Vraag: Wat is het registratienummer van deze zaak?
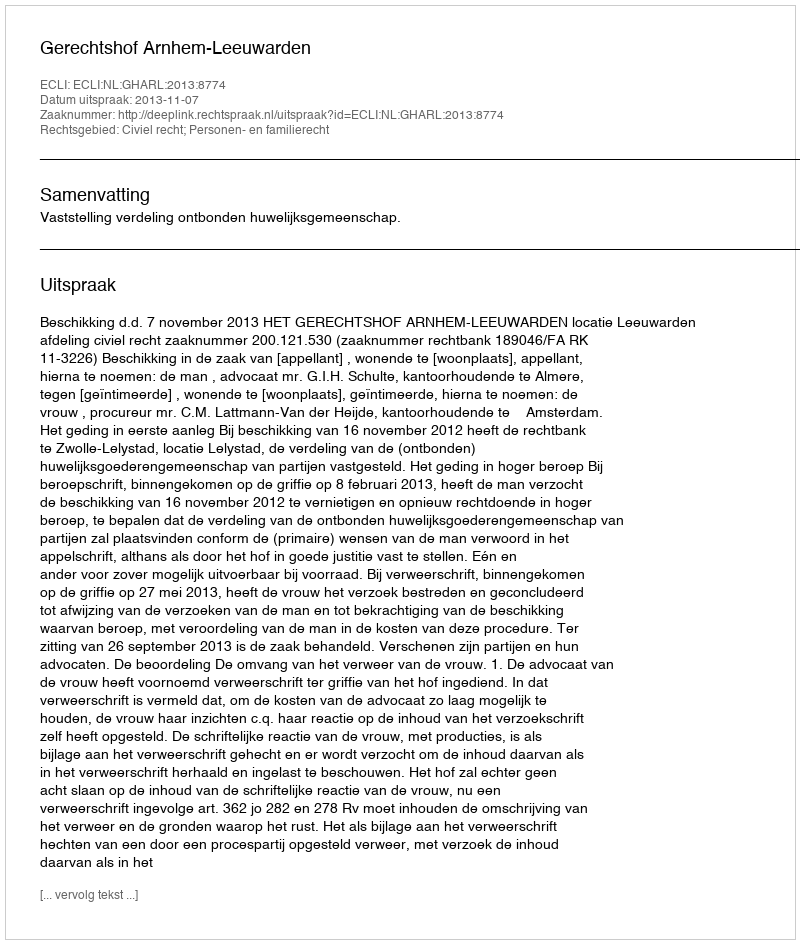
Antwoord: http://deeplink.rechtspraak.nl/uitspraak?id=ECLI:NL:GHARL:2013:8774